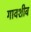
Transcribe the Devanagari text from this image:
गावशीव